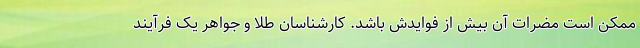
ممکن است مضرات آن بیش از فوایدش باشد. کارشناسان طلا و جواهر یک فرآیند